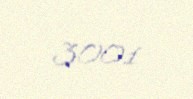
3001